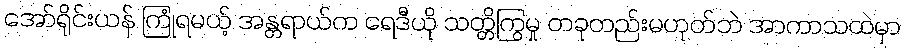
အော်ရိုင်းယန် ကြုံရမယ့် အန္တရာယ်က ရေဒီယို သတ္တိကြွမှု တခုတည်းမဟုတ်ဘဲ အာကာသထဲမှာ